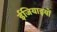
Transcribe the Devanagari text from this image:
ईजियाइयों